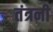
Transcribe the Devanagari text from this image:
तंत्रनी